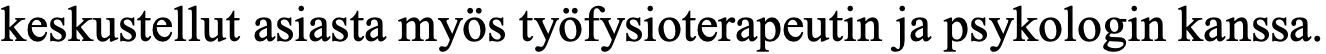
keskustellut asiasta myös työfysioterapeutin ja psykologin kanssa.